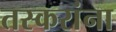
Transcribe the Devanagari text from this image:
तस्करांना